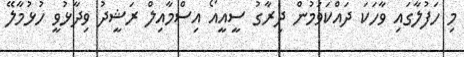
މި ހަފުލާގައި ވާހަކަ ދައްކަވަމުން ދިރާގު ސީއީއޯ އިސްމާއިލް ރަޝީދު ވިދާޅުވީ ހުޅުމާލޭ